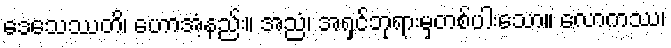
ဒေသေဿတိ၊ ဟောအံ့နည်း။ အညံ၊ အရှင်ဘုရားမှတစ်ပါးသော။ လောကဿ၊